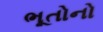
ભૂતોનો